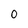
Character: 0